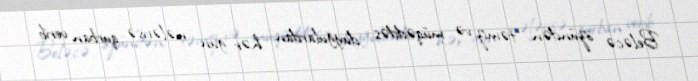
Beləcə özündən, təmiz və müqəddəs duyğulardan hər gün nələrisə qurban verib